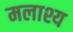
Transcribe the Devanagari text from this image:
मलाश्य